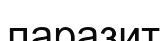
паразит